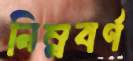
নিম্নবর্ণ